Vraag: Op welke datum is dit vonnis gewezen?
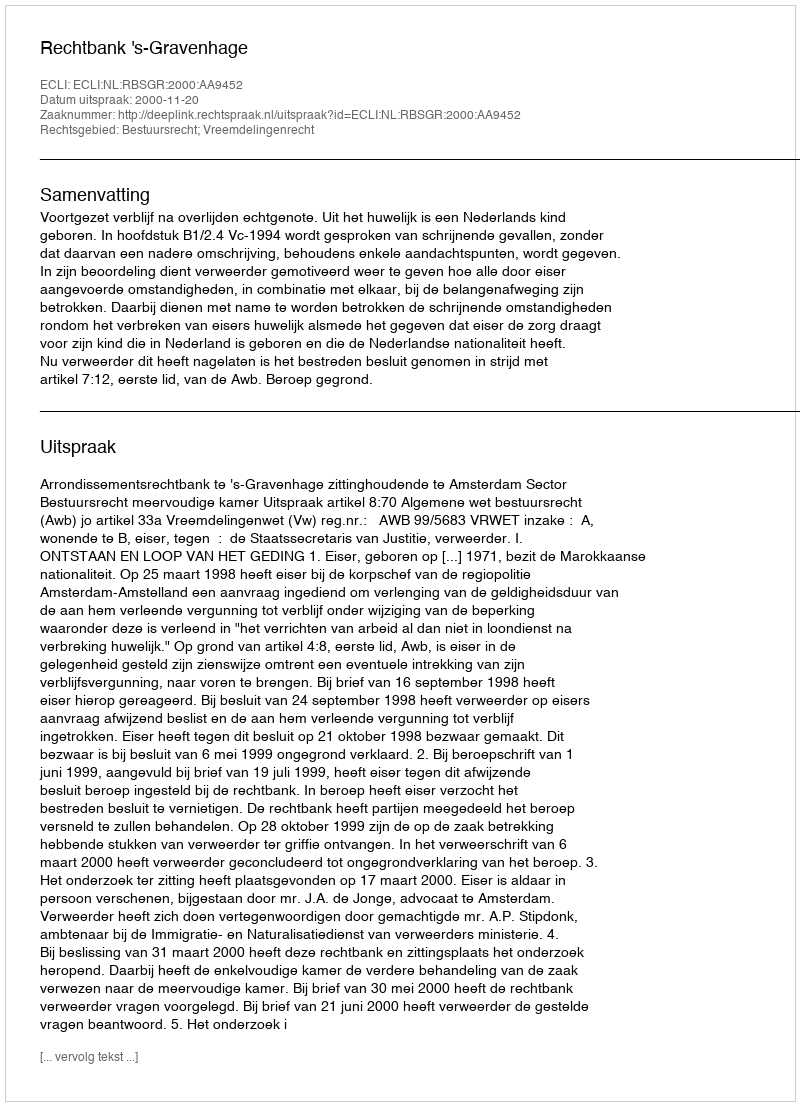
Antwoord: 2000-11-20